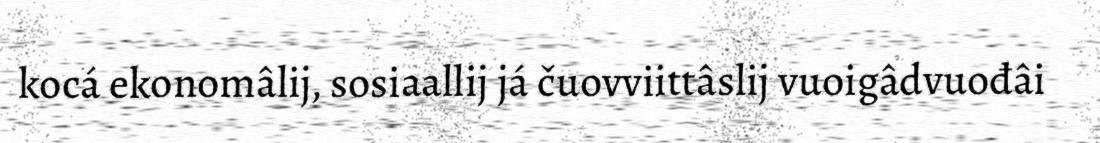
kocá ekonomâlij, sosiaallij já čuovviittâslij vuoigâdvuođâi